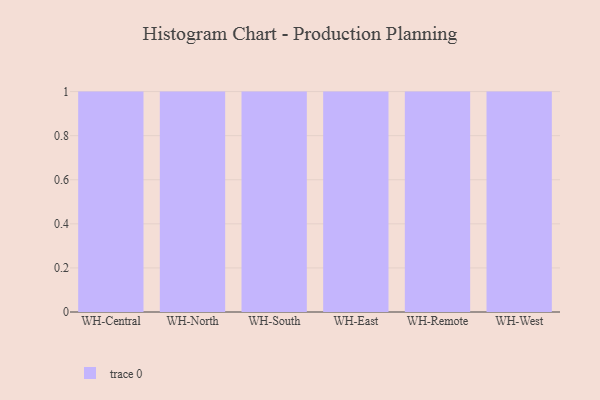
{"axis": {"x": "Warehouse", "y": "Churn Rate (%)"}, "legend": [""], "data": [{"x": "WH-Central", "y": 99, "type": ""}, {"x": "WH-North", "y": 21, "type": ""}, {"x": "WH-South", "y": 72, "type": ""}, {"x": "WH-East", "y": 4, "type": ""}, {"x": "WH-Remote", "y": 68, "type": ""}, {"x": "WH-West", "y": 90, "type": ""}]}